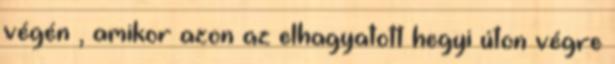
végén , amikor azon az elhagyatott hegyi úton végre